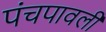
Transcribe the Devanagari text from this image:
पंचपावली